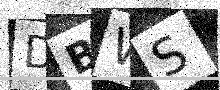
Text: DBWS